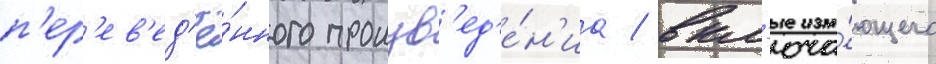
п'ер'ев'ед'ё́нного произв'ед'е́н'иа / вкл'юча́ющего